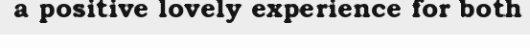
a positive lovely experience for both